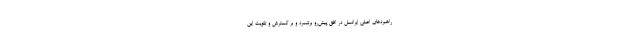
راهبردهای اصلی ایرانسل در افق پیش‌رو برشمرد و بر گسترش و تقویت این